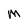
Character: M